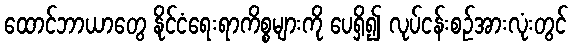
ထောင်ဘာယာတွေ နိုင်ငံရေးရာကိစ္စများကို ပေရှိ၍ လုပ်ငန်းစဉ်အားလုံးတွင်